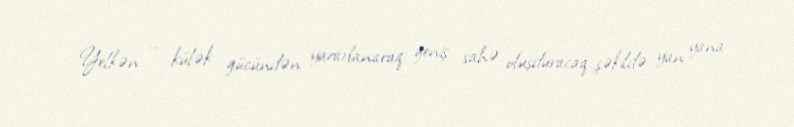
Yelkən — külək gücündən yararlanaraq geniş sahə oluşduracaq şəkildə yan yana